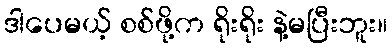
ဒါပေမယ့် စစ်ဖို့က ရိုးရိုး နဲ့မပြီးဘူး။